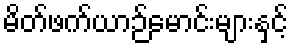
မိတ်ဖက်ယာဉ်မောင်းများနှင့်